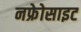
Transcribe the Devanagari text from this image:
नफ्रेोसाइट